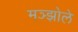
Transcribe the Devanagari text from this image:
मञ्झोले